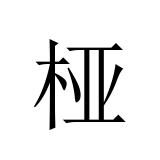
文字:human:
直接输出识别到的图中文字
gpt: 桠